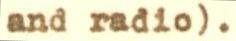
and radio).